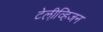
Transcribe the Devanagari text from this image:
टेलीव्हि़जन